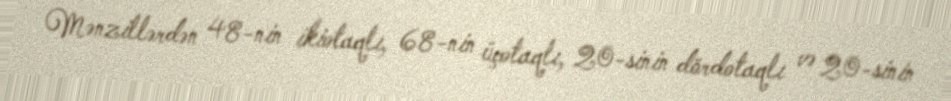
Mənzillərdən 48-nin ikiotaqlı, 68-nin üçotaqlı, 20-sinin dördotaqlı və 20-sinin